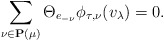
\begin{align*}\sum_{\nu\in\mathbf{P}(\mu)}\Theta_{e_{-\nu}}\phi_{\tau,\nu}(v_\lambda)=0.\end{align*}